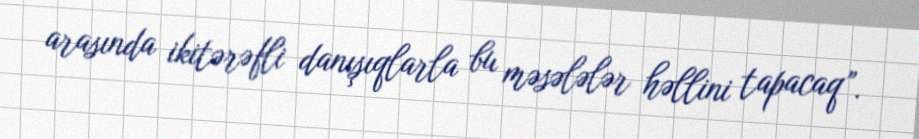
arasında ikitərəfli danışıqlarla bu məsələlər həllini tapacaq”.